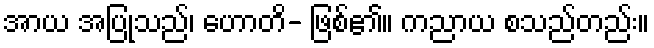
အာယ အပြုသည်၊ ဟောတိ- ဖြစ်၏။ ကညာယ စသည်တည်း။